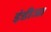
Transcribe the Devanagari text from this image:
इंडीजा